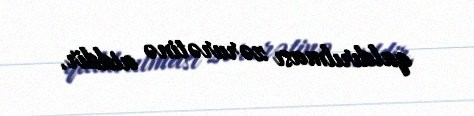
qaldırılması zərurətinə aiddir.